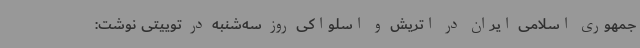
جمهوری اسلامی ایران در اتریش و اسلواکی روز سه‌شنبه در توییتی نوشت: